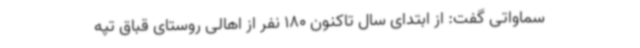
سماواتی گفت: از ابتدای سال تاکنون 180 نفر از اهالی روستای قباق تپه